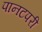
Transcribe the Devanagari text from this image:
पानटपरी